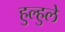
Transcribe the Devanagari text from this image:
हुल्हुले